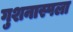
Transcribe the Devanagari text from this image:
गुशनास्पला